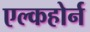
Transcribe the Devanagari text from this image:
एल्कहोर्न